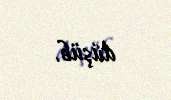
düşüb.